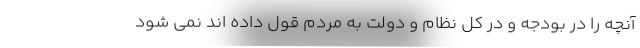
آنچه را در بودجه و در کل نظام و دولت به مردم قول داده اند نمی شود